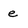
Character: e